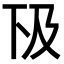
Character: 𠀨